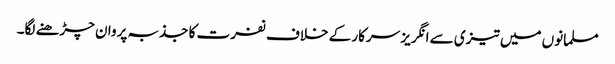
مسلمانوں میں تیزی سے انگریز سرکار کے خلاف نفرت کا جذبہ پروان چڑھنے لگا۔